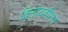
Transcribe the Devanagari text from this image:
विनोदवीराने